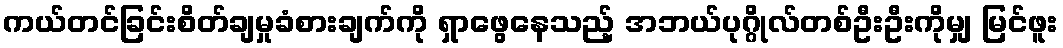
ကယ်တင်ခြင်းစိတ်ချမှုခံစားချက်ကို ရှာဖွေနေသည့် အဘယ်ပုဂ္ဂိုလ်တစ်ဦးဦးကိုမျှ မြင်ဖူး